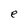
Character: e